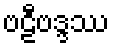
ဗဠီဗဒ္ဒဿ